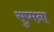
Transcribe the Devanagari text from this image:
सुष्मना